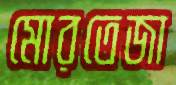
মোরতেজা